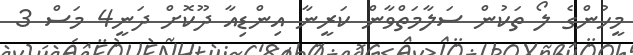
މީހުންގެ ލޯ ތަކުން ސަލާމަތްވާން ކަރީނާ އިންޑިއާ ދޫކޮށް ދަނީ4 މަސް 3